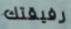
رفيقتك